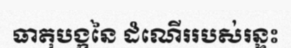
ធាតុបង្កនៃ ដំណើររបស់រន្ទះ